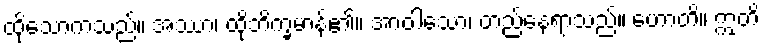
ထိုသောကသည်။ အဿာ၊ ထိုဘိက္ခမာန်၏။ အာဝါသော၊ တည်နေရာသည်။ ဟောတိ။ ဣတိ